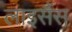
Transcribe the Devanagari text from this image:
लाइसैंस